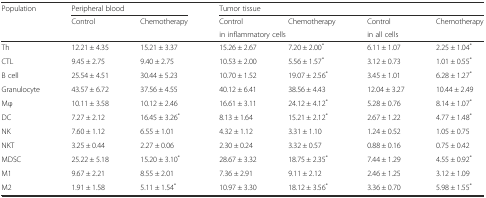
<table><thead><tr><td><b>Population</b></td><td colspan="2"><b>Peripheral blood</b></td><td colspan="4"><b>Tumor tissue</b></td></tr><tr><td rowspan="2"></td><td rowspan="2"><b>Control</b></td><td rowspan="2"><b>Chemotherapy</b></td><td><b>Control</b></td><td><b>Chemotherapy</b></td><td><b>Control</b></td><td><b>Chemotherapy</b></td></tr><tr><td colspan="2"><b>in inflammatory cells</b></td><td colspan="2"><b>in all cells</b></td></tr></thead><tbody><tr><td>Th</td><td>12.21 ± 4.35</td><td>15.21 ± 3.37</td><td>15.26 ± 2.67</td><td>7.20 ± 2.00<sup>*</sup></td><td>6.11 ± 1.07</td><td>2.25 ± 1.04<sup>*</sup></td></tr><tr><td>CTL</td><td>9.45 ± 2.75</td><td>9.40 ± 2.75</td><td>10.53 ± 2.00</td><td>5.56 ± 1.57<sup>*</sup></td><td>3.12 ± 0.73</td><td>1.01 ± 0.55<sup>*</sup></td></tr><tr><td>B cell</td><td>25.54 ± 4.51</td><td>30.44 ± 5.23</td><td>10.70 ± 1.52</td><td>19.07 ± 2.56<sup>*</sup></td><td>3.45 ± 1.01</td><td>6.28 ± 1.27<sup>*</sup></td></tr><tr><td>Granulocyte</td><td>43.57 ± 6.72</td><td>37.56 ± 4.55</td><td>40.12 ± 6.41</td><td>38.56 ± 4.43</td><td>12.04 ± 3.27</td><td>10.44 ± 2.49</td></tr><tr><td>Mφ</td><td>10.11 ± 3.58</td><td>10.12 ± 2.46</td><td>16.61 ± 3.11</td><td>24.12 ± 4.12<sup>*</sup></td><td>5.28 ± 0.76</td><td>8.14 ± 1.07<sup>*</sup></td></tr><tr><td>DC</td><td>7.27 ± 2.12</td><td>16.45 ± 3.26<sup>*</sup></td><td>8.13 ± 1.64</td><td>15.21 ± 2.12<sup>*</sup></td><td>2.67 ± 1.22</td><td>4.77 ± 1.48<sup>*</sup></td></tr><tr><td>NK</td><td>7.60 ± 1.12</td><td>6.55 ± 1.01</td><td>4.32 ± 1.12</td><td>3.31 ± 1.10</td><td>1.24 ± 0.52</td><td>1.05 ± 0.75</td></tr><tr><td>NKT</td><td>3.25 ± 0.44</td><td>2.27 ± 0.06</td><td>2.30 ± 0.24</td><td>3.32 ± 0.57</td><td>0.88 ± 0.16</td><td>0.75 ± 0.42</td></tr><tr><td>MDSC</td><td>25.22 ± 5.18</td><td>15.20 ± 3.10<sup>*</sup></td><td>28.67 ± 3.32</td><td>18.75 ± 2.35<sup>*</sup></td><td>7.44 ± 1.29</td><td>4.55 ± 0.92<sup>*</sup></td></tr><tr><td>M1</td><td>9.67 ± 2.21</td><td>8.55 ± 2.01</td><td>7.36 ± 2.91</td><td>9.11 ± 2.12</td><td>2.46 ± 1.25</td><td>3.12 ± 1.09</td></tr><tr><td>M2</td><td>1.91 ± 1.58</td><td>5.11 ± 1.54<sup>*</sup></td><td>10.97 ± 3.30</td><td>18.12 ± 3.56<sup>*</sup></td><td>3.36 ± 0.70</td><td>5.98 ± 1.55<sup>*</sup></td></tr></tbody></table>